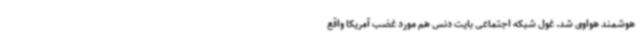
هوشمند هواوی شد. غول شبکه اجتماعی بایت دنس هم مورد غضب آمریکا واقع